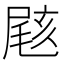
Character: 𡲼